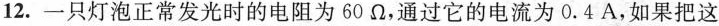
12.一只灯泡正常发光时的电阻为60\Omega ,通过它的电流为0.4A，如果把这